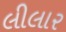
લીલાર